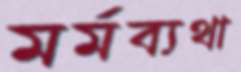
মর্মব্যথা